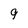
Character: 9